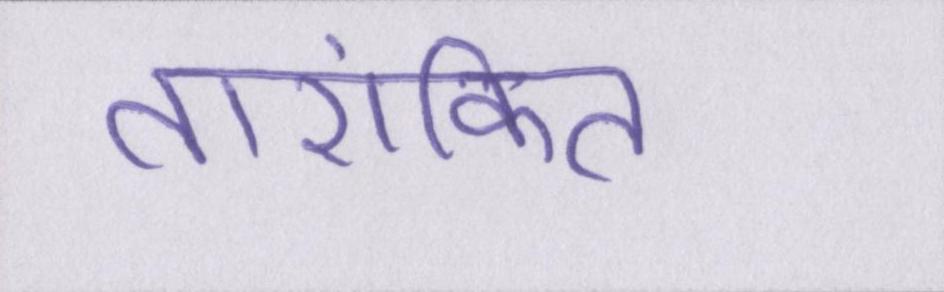
तारांकित